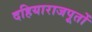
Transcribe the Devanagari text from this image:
दहियाराजपूतों